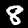
Label: 8